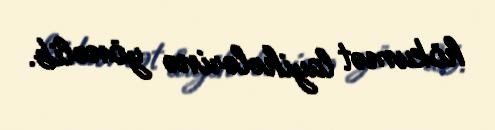
hökumət layihələrinə yönəlib.